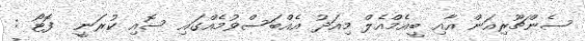
ސެންޗޫރިއަން އާއި ބީއެމްއެލް މިއަދު އެއްބަސްވުމެއްގައި ސޮއި ކުރަނީ  ފޮޓޯ :